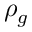
\rho _ { g }